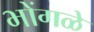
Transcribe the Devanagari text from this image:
भोंगळे